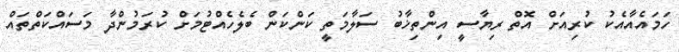
ހަމައެއާއެކު ކުރިއަށް އޮތް ރިޔާސީ އިންތިޚާބު ސަލާމަތީ ކަންކަން ބެލެހެއްޓުމަށް ކުރަމުންދާ މަސައްކަތްތައް